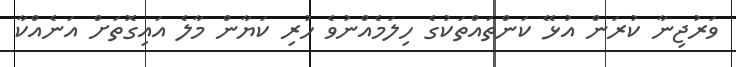
ވަރުޖިނާ ކުރަން އުޅޭ ކަންތައްތަކުގެ ހިލަމެއްނުވެ ހުރި ކަޔާން މާލެ އައިގޮތަށް އަނެއްކާ